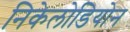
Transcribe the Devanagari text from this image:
निकेलोडियोन